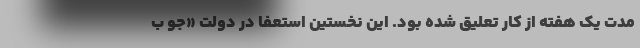
مدت یک هفته از کار تعلیق شده بود. این نخستین استعفا در دولت «جو ب